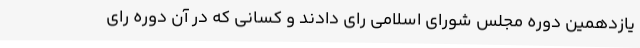
یازدهمین دوره مجلس شورای اسلامی رای دادند و کسانی که در آن دوره رای